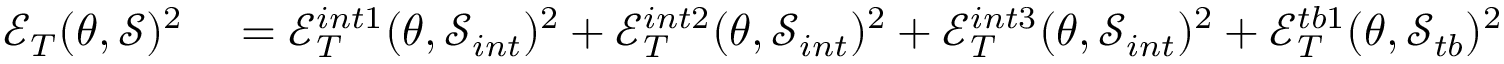
\begin{array} { r l } { \mathcal { E } _ { T } ( \theta , \mathcal { S } ) ^ { 2 } } & { { } = \mathcal { E } _ { T } ^ { i n t 1 } ( \theta , \mathcal { S } _ { i n t } ) ^ { 2 } + \mathcal { E } _ { T } ^ { i n t 2 } ( \theta , \mathcal { S } _ { i n t } ) ^ { 2 } + \mathcal { E } _ { T } ^ { i n t 3 } ( \theta , \mathcal { S } _ { i n t } ) ^ { 2 } + \mathcal { E } _ { T } ^ { t b 1 } ( \theta , \mathcal { S } _ { t b } ) ^ { 2 } } \end{array}